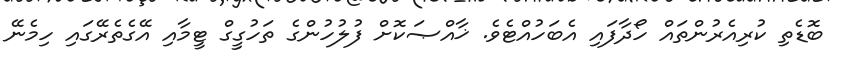
ބޮޑެތި ކުރިއެރުންތައް ހޯދާފައި އެބަހުއްޓެވެ. ޚާއްޞަކޮށް ފުލުހުންގެ ތަހުގީގް ޓީމާއި އޭގެތެރޭގައި ހިމެނޭ